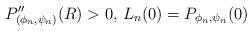
LaTeX: \begin{align*}P''_{(\phi_n,\psi_n)}(R)>0, \, L_n(0)=P_{\phi_n,\psi_n}(0)\end{align*}